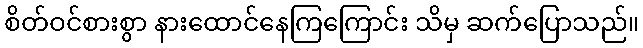
စိတ်ဝင်စားစွာ နားထောင်နေကြကြောင်း သိမှ ဆက်ပြောသည်။